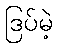
ဒြပ်မဲ့